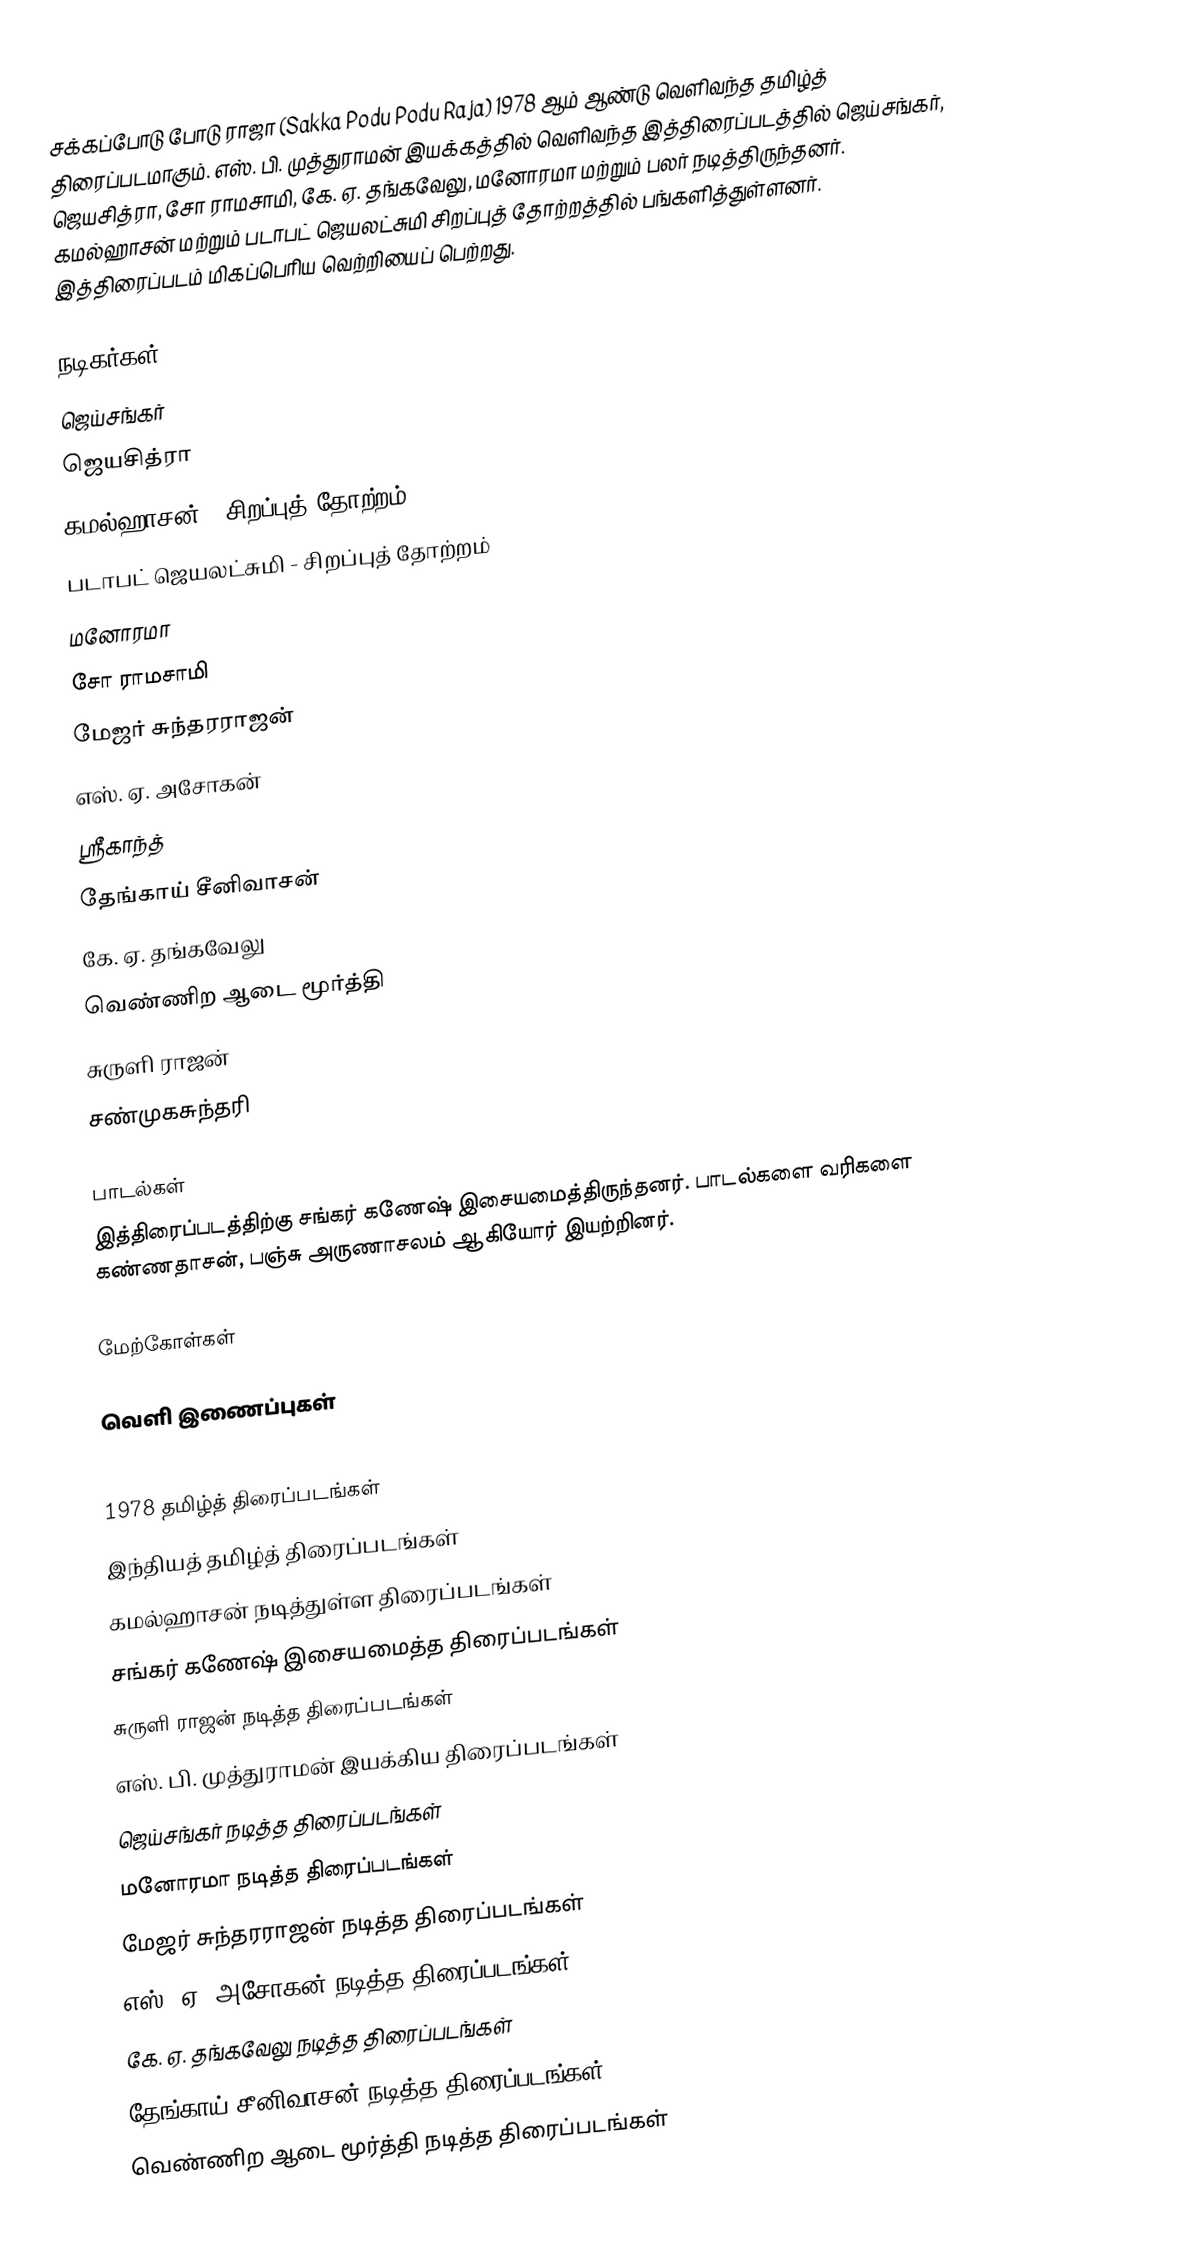
சக்கப்போடு போடு ராஜா (Sakka Podu Podu Raja) 1978 ஆம் ஆண்டு வெளிவந்த தமிழ்த் திரைப்படமாகும். எஸ். பி. முத்துராமன் இயக்கத்தில் வெளிவந்த இத்திரைப்படத்தில் ஜெய்சங்கர், ஜெயசித்ரா, சோ ராமசாமி, கே. ஏ. தங்கவேலு, மனோரமா மற்றும் பலர் நடித்திருந்தனர். கமல்ஹாசன் மற்றும் படாபட் ஜெயலட்சுமி சிறப்புத் தோற்றத்தில் பங்களித்துள்ளனர். இத்திரைப்படம் மிகப்பெரிய வெற்றியைப் பெற்றது.

நடிகர்கள்
ஜெய்சங்கர்
ஜெயசித்ரா
கமல்ஹாசன் - சிறப்புத் தோற்றம்
படாபட் ஜெயலட்சுமி - சிறப்புத் தோற்றம்
மனோரமா
சோ ராமசாமி
மேஜர் சுந்தரராஜன்
எஸ். ஏ. அசோகன்
ஸ்ரீகாந்த்
தேங்காய் சீனிவாசன்
கே. ஏ. தங்கவேலு
வெண்ணிற ஆடை மூர்த்தி
சுருளி ராஜன்
சண்முகசுந்தரி

பாடல்கள்
இத்திரைப்படத்திற்கு சங்கர் கணேஷ் இசையமைத்திருந்தனர். பாடல்களை வரிகளை கண்ணதாசன், பஞ்சு அருணாசலம் ஆகியோர் இயற்றினர்.

மேற்கோள்கள்

வெளி இணைப்புகள்

1978 தமிழ்த் திரைப்படங்கள்
இந்தியத் தமிழ்த் திரைப்படங்கள்
கமல்ஹாசன் நடித்துள்ள திரைப்படங்கள்
சங்கர் கணேஷ் இசையமைத்த திரைப்படங்கள்
சுருளி ராஜன் நடித்த திரைப்படங்கள்
எஸ். பி. முத்துராமன் இயக்கிய திரைப்படங்கள்
ஜெய்சங்கர் நடித்த திரைப்படங்கள்
மனோரமா நடித்த திரைப்படங்கள்
மேஜர் சுந்தரராஜன் நடித்த திரைப்படங்கள்
எஸ். ஏ. அசோகன் நடித்த திரைப்படங்கள்
கே. ஏ. தங்கவேலு நடித்த திரைப்படங்கள்
தேங்காய் சீனிவாசன் நடித்த திரைப்படங்கள்
வெண்ணிற ஆடை மூர்த்தி நடித்த திரைப்படங்கள்